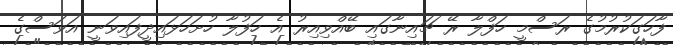
ފާހަގަކުރުމުގެ ރަސްމީ ހަފްލާ ރޭ ޗައިނާގައި ބޭއްވިއިރު އެ ހަފުލާ ހުށަހަޅައިދީފައިވަނީ އަވަސްގެ